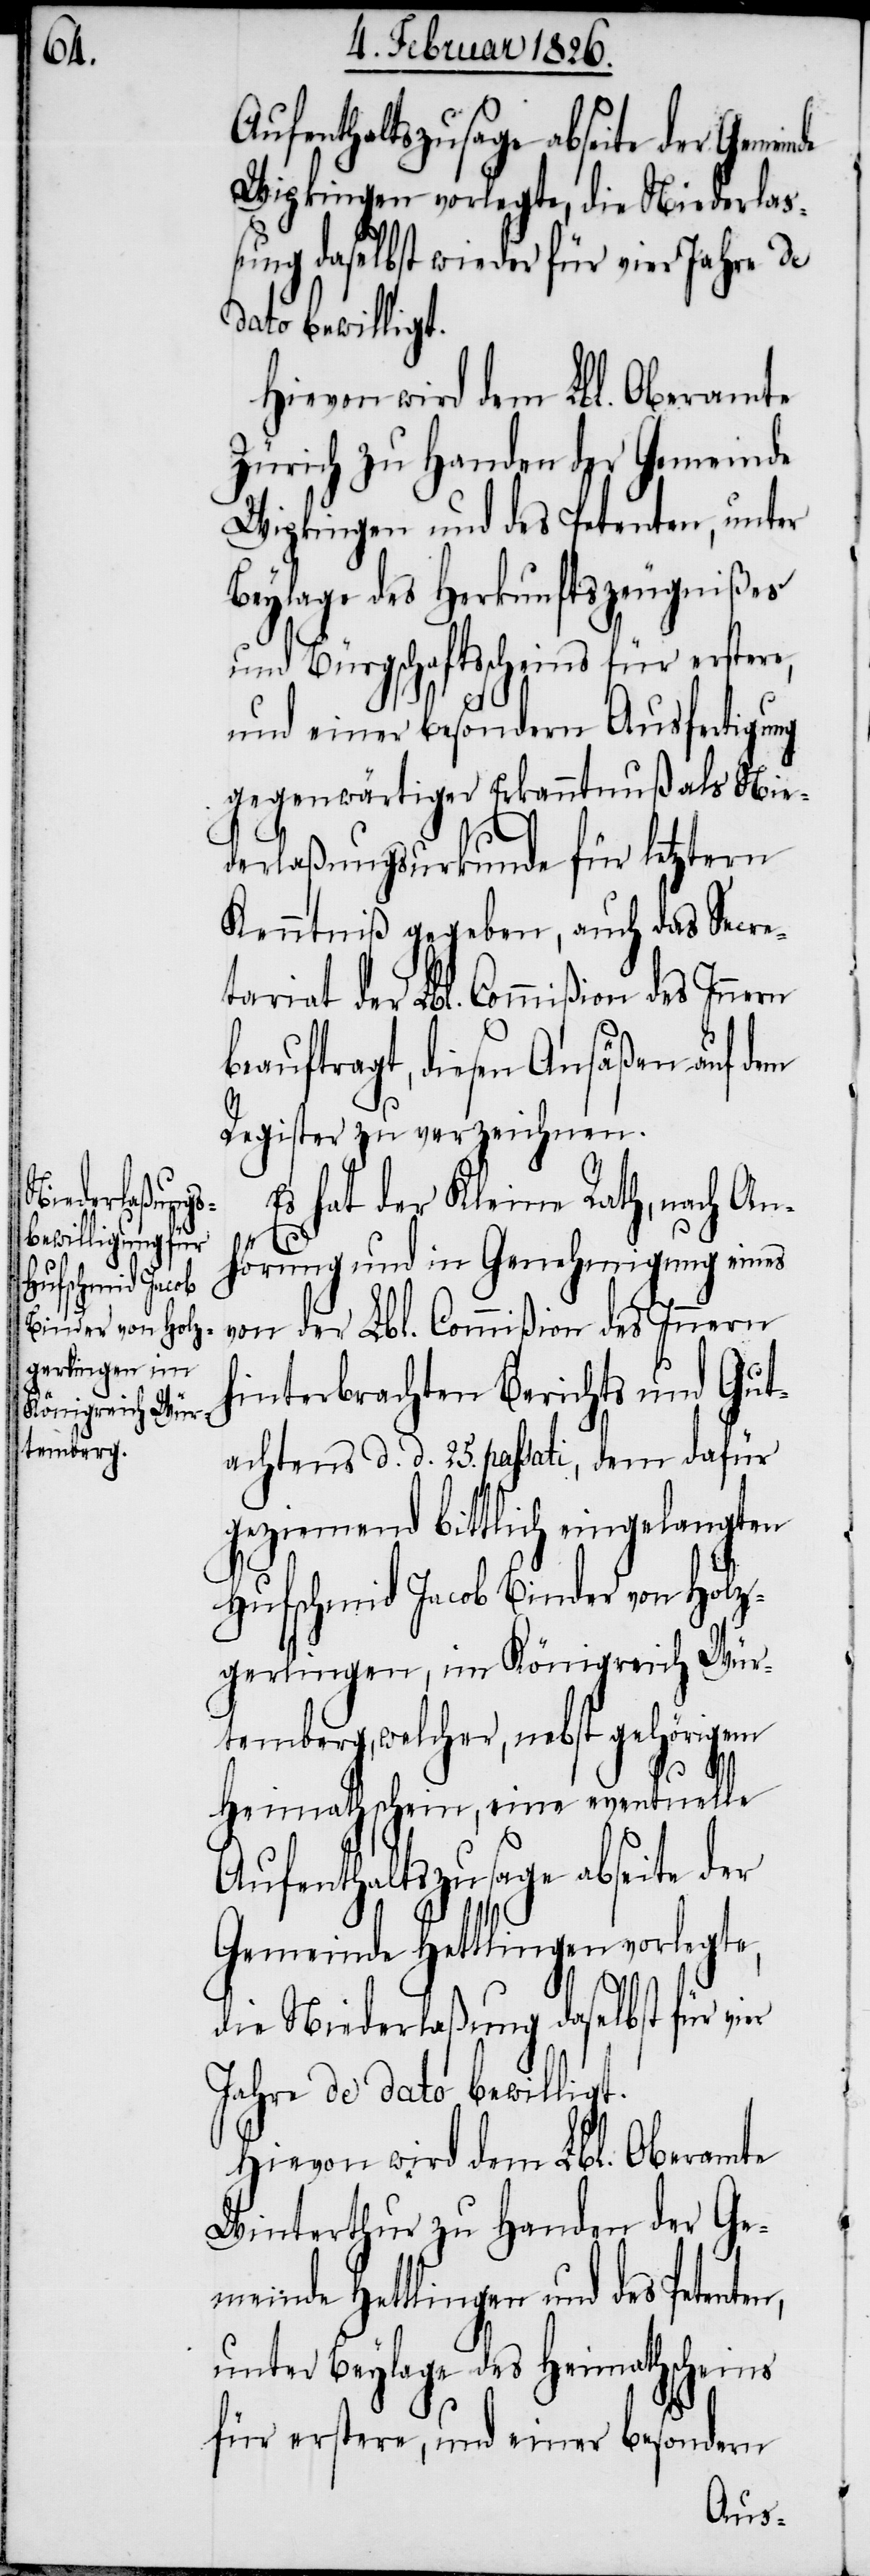
n,

Wipkingen vorlegte, die Niederlaß¬
ung daselbst wieder für vier Jahre de
dato bewilligt.
Hievon wird dem Lbl. Oberamte
Zürich zu Handen der Gemeinde
Wipkingen und des Petenten, unter
Beylage des Herkunftszeugnißes
und Bürgschaftsscheins für erstere,
und einer besondern Ausfertigung
gegenwärtiger Erkanntnuß als Nie¬
derlaßungsurkunde für letztern
Kenntniß gegeben, auch das Secre¬
tariat der Lbl. Commißion des Innern
beauftragt, diesen Ansäßen auf dem
Register zu verzeichnen.
Es hat der Kleine Rath, nach An¬
hörung und in Genehmigung eines
von der Lbl. Commißion des Innern
hinterbrachten Berichts und Gut¬
achtens d. d. 25. passati, dem dafür
geziemend bittlich eingelangten
Hufschmid Jacob Binder von Holz¬
gerlingen, im Königreich Wür¬
temberg, welcher, nebst gehörigem
Heimathschein, eine eventuelle
Aufenthaltszusage abseite der
Gemeinde Hettlingen vorlegte,
die Niederlaßung daselbst für vier
Jahre de dato bewilligt.
Hievon wird dem Lbl. Oberamte
Winterthur zu Handen der Ge¬
meinde Hettlingen und des Petente¬
unter Beylage des Heimathsscheins
für erstere, und einer besondern